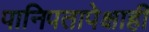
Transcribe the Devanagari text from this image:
पानिपतापेक्षाही